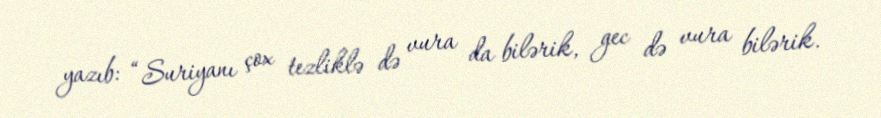
yazıb: “Suriyanı çox tezliklə də vura da bilərik, gec də vura bilərik.